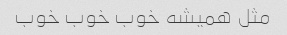
مثل همیشه خوب خوب خوب